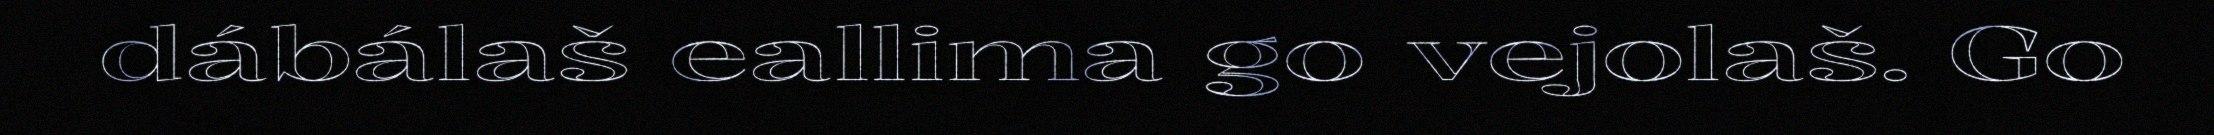
dábálaš eallima go vejolaš. Go